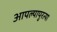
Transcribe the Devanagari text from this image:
आपल्यापुरत्या